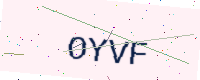
Text: OYVF